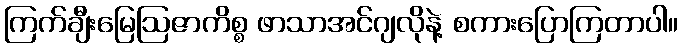
ကြက်ချီးမြေဩဇာကိစ္စ ဖာသာအင်ဂျလိုနဲ့ စကားပြောကြတာပါ။